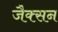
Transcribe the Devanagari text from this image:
जैक्‍सन